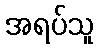
အရပ်သူ